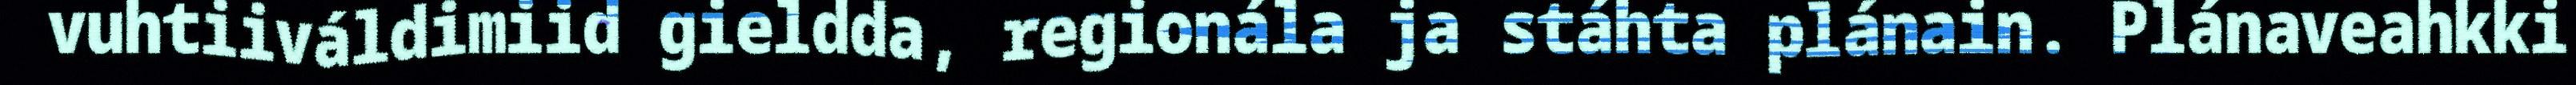
vuhtiiváldimiid gieldda, regionála ja stáhta plánain. Plánaveahkki